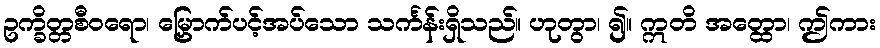
ဥက္ခိတ္တစီဝရော၊ မြှောက်ပင့်အပ်သော သင်္ကန်းရှိသည်။ ဟုတွာ၊ ၍။ ဣတိ အတ္ထော၊ ဤကား